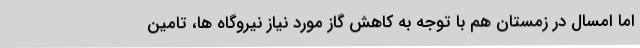
اما امسال در زمستان هم با توجه به کاهش گاز مورد نیاز نیروگاه ها، تامین